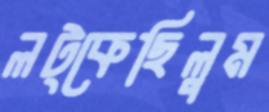
লট্‌কেছিলুম